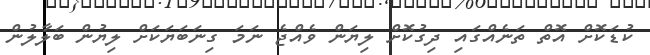
ކުޑަކޮށް އޮތް ތަނެއްގައި ދިގުކޮށް ލިޔަން ވެއްޖެ ނަމަ ގިނަބަޔަކަށް ލިޔުން ބަލާލުން